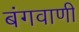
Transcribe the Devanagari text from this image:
बंगवाणी